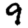
Digit: 9